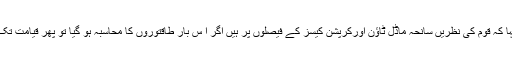
عوامی تحریک کے سنیئر رہنماﺅں کے اجلاس سے خطاب کرتے ہوئے ڈاکٹر طاہر القادری نے کہا کہ قوم کی نظریں سانحہ ماڈل ٹاﺅن اورکرپشن کیسز کے فیصلوں پر ہیں اگر ا س بار طاقتوروں کا محاسبہ ہو گیا تو پھر قیامت تک کیلئے کوئی شخص ملکی وسائل کو شیر مادر کی طرح ہڑپ کرنے کی جرات نہیں کر سکے گا۔